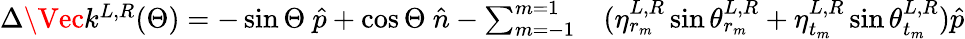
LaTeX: \begin{array}{rl}{\Delta\Vec{k}^{L,R}(\Theta)=-\sin\Theta\ \hat{p}+\cos\Theta\ \hat{n}-\sum_{m=-1}^{m=1}}&{{}(\eta_{r_{m}}^{L,R}\sin\theta_{r_{m}}^{L,R}+\eta_{{t_{m}}}^{L,R}\sin\theta_{t_{m}}^{L,R})\hat{p}}\end{array}